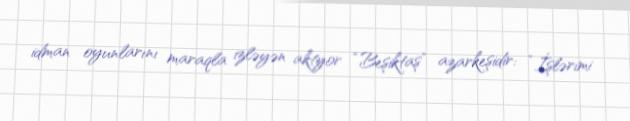
idman oyunlarını maraqla izləyən aktyor “Beşiktaş” azarkeşidir: “İşlərimi